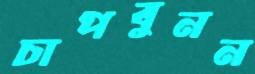
চাপবুনন